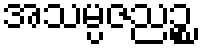
အသမ္ပဇညဉ္စ